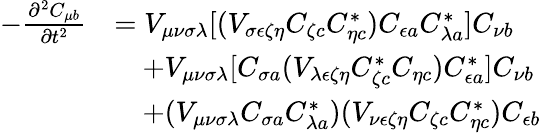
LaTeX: \begin{array}{rl}{-\frac{\partial^{2}C_{\mu b}}{\partial t^{2}}}&{=V_{\mu\nu\sigma\lambda}[(V_{\sigma\epsilon\zeta\eta}C_{\zeta c}C_{\eta c}^{*})C_{\epsilon a}C_{\lambda a}^{*}]C_{\nu b}}\\ &{\quad+V_{\mu\nu\sigma\lambda}[C_{\sigma a}(V_{\lambda\epsilon\zeta\eta}C_{\zeta c}^{*}C_{\eta c})C_{\epsilon a}^{*}]C_{\nu b}}\\ &{\quad+(V_{\mu\nu\sigma\lambda}C_{\sigma a}C_{\lambda a}^{*})(V_{\nu\epsilon\zeta\eta}C_{\zeta c}C_{\eta c}^{*})C_{\epsilon b}}\end{array}